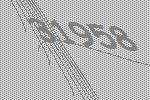
31958